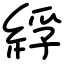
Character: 綒